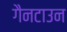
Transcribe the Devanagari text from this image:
गैनटाउन